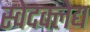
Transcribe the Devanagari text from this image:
स्वेदक्लेद्य